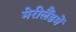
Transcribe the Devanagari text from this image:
मेरीलैंडमें